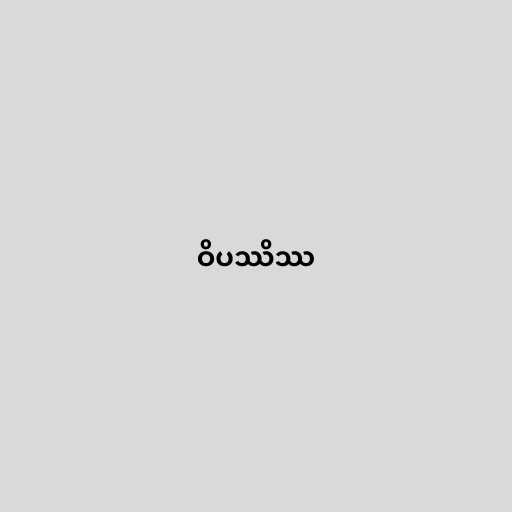
ဝိပဿိဿ